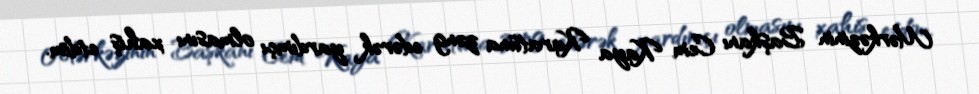
Mərkəzinin Başkanı Cem Kaya Karatüna zəng edərək yardımçı olmasını xahiş etdim.